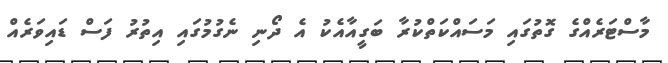
މާސްޓަރެއްގެ ގޮތުގައި މަސައްކަތްކުރާ ބަގީއާއެކު އެ ދޯނި ނެގުމުގައި އިތުރު ފަސް ޑައިވަރެއް